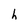
Character: h